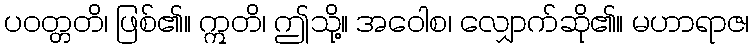
ပဝတ္တတိ၊ ဖြစ်၏။ ဣတိ၊ ဤသို့။ အဝေါစ၊ လျှောက်ဆို၏။ မဟာရာဇ၊